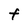
Character: f